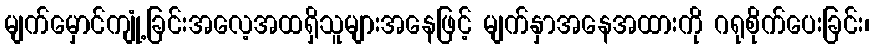
မျက်မှောင်ကျုံ့ခြင်းအလေ့အထရှိသူများအနေဖြင့် မျက်နှာအနေအထားကို ဂရုစိုက်ပေးခြင်း၊